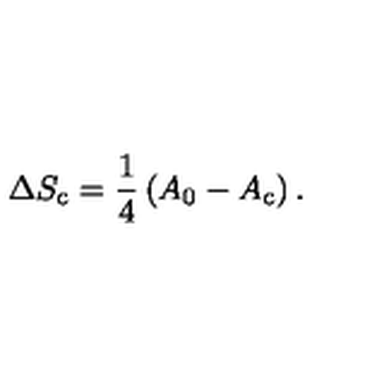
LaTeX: \Delta S _ { \mathrm { c } } = \frac { 1 } { 4 } \left( A _ { 0 } - A _ { \mathrm { c } } \right) .